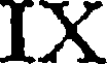
IX